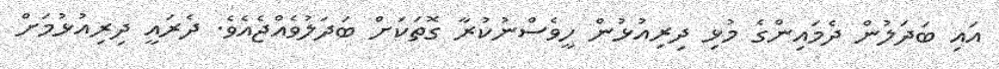
އައި ބަދަލުން ދެމައިންގެ މުޅި ދިރިއުޅުން ހީވެސްނުކުރާ ގޮތަކަށް ބަދަލުވެއްޖެއެވެ. ދެރައީ ދިރިއުޅުމަށް